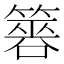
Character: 簭